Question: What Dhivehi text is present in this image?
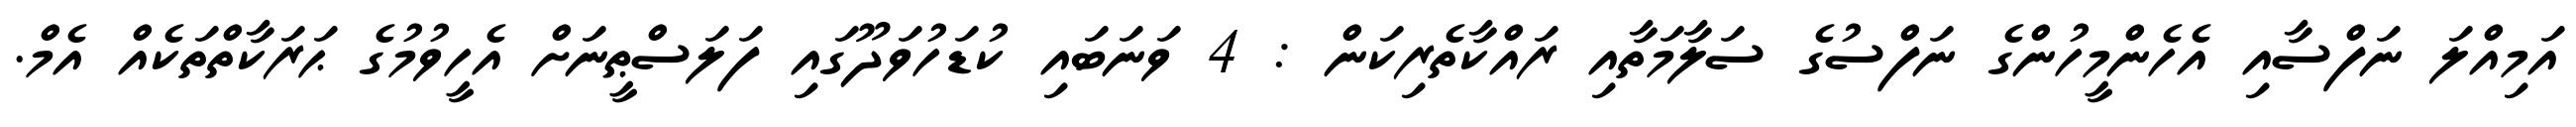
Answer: އަމިއްލަ ނަފްސާއި އެހެންމީހުންގެ ނަފްސުގެ ސަލާމަތާއި ރައްކާތެރިކަން : 4 ވަނަބައި ކުޑަހުވަދޫގައި ފަލަސްޠީނަށް އެހީވުމުގެ ޙަރަކާތްތަކެއް އެމް.